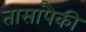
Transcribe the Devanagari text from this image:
तासांपैकी